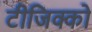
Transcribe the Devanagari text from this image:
टीजिक्को